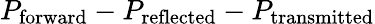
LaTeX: P_{\mathrm{forward}}-P_{\mathrm{reflected}}-P_{\mathrm{transmitted}}